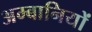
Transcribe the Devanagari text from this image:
अम्बानियों